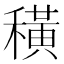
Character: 穔